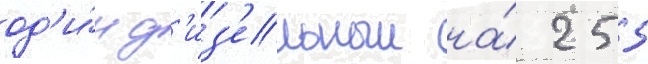
од'и́н д'из'ельныи на́ 255